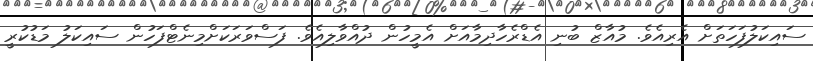
ސައިކަލުފަހަތަށް އެރިއެވެ. މުއާޒް ބުނި އެޑްރެހާދިމާއަށް އެމީހުން ދުއްވާލިއެވެ. ފަސްވަރަކަށްމިނެޓްފަހުން ސައިކަލު މަޑުކުރީ